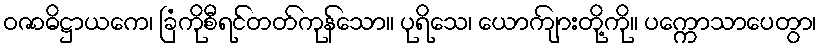
ဝဇာဓိဋ္ဌာယကေ၊ ခြံကိုစီရင်တတ်ကုန်သော။ ပုရိသေ၊ ယောကျ်ားတို့ကို။ ပက္ကောသာပေတွာ၊